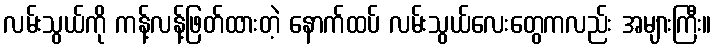
လမ်းသွယ်ကို ကန့်လန့်ဖြတ်ထားတဲ့ နောက်ထပ် လမ်းသွယ်လေးတွေကလည်း အများကြီး။